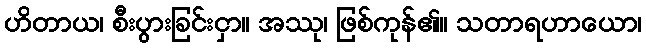
ဟိတာယ၊ စီးပွားခြင်းငှာ။ အဿု၊ ဖြစ်ကုန်၏။ သတာရဟာယော၊